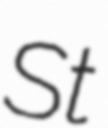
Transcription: St